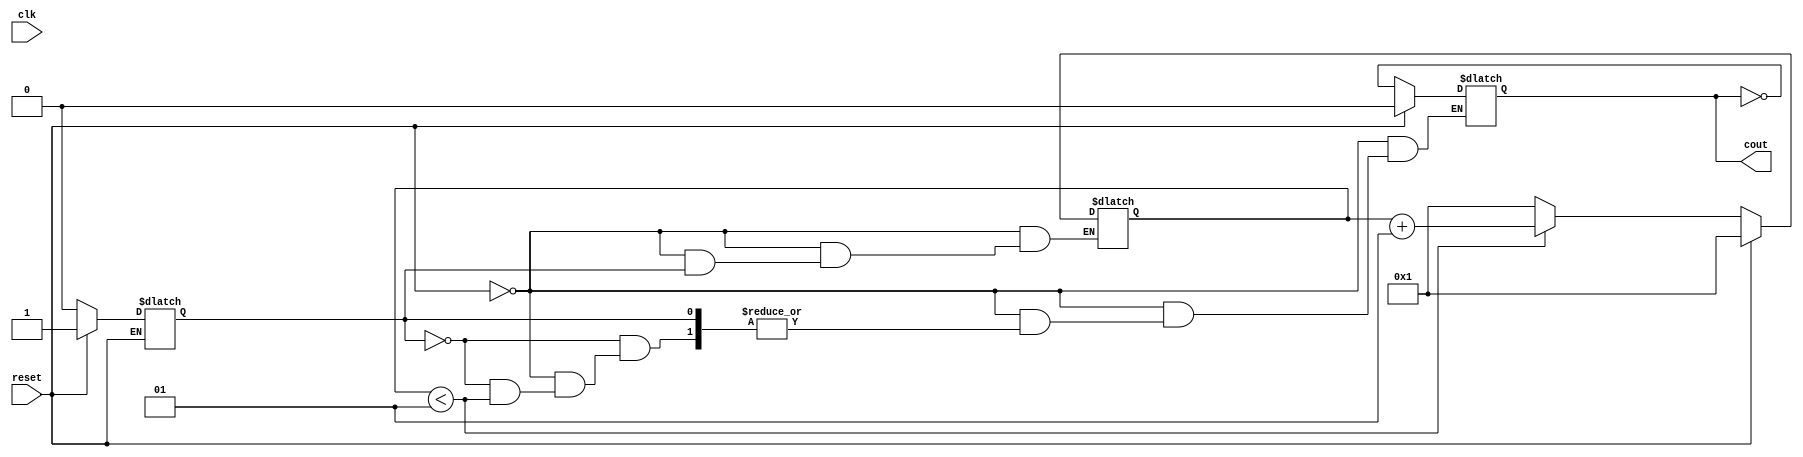
module cycloneiv_post_divider   ( clk,
                            reset,
                            cout);
    parameter dpa_divider = 1;
    input clk;
    input reset;
    output cout;
    integer count;
    reg tmp_cout;
    reg first_rising_edge;
    reg clk_last_value;
    reg cout_tmp;
    integer modulus;
    initial
    begin
        count = 1;
        first_rising_edge = 1;
        clk_last_value = 0;
        modulus = (dpa_divider == 0) ? 1 : dpa_divider;
    end
    always @(reset or clk)
    begin
        if (reset)
        begin
            count = 1;
            tmp_cout = 0;
            first_rising_edge = 1;
        end
        else begin
            if (clk == 1 && clk_last_value !== clk && first_rising_edge)
            begin
                first_rising_edge = 0;
                tmp_cout = clk;
            end
            else if (first_rising_edge == 0)
            begin
                if (count < modulus)
                    count = count + 1;
                else
                begin
                    count = 1;
                    tmp_cout = ~tmp_cout;
                end
            end
        end
        clk_last_value = clk;
    end
    assign cout = tmp_cout;
endmodule